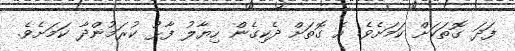
ފަދަ ގޮތަކަށް ކަމަށެވެ. އެ ގޮތަށް ދެކިގެން ހިޔާލު ފާޅު ކުރަމުންދާ ކަމަށެވެ.